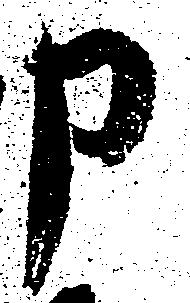
申